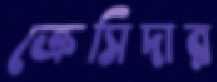
ক্রেসিদার